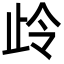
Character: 㱓